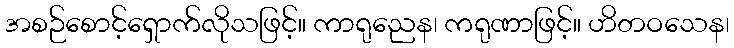
အစဉ်စောင့်ရှောက်လိုသဖြင့်။ ကာရုညေန၊ ကရုဏာဖြင့်။ ဟိတဝသေန၊